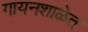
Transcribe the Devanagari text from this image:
गायनशाळेत